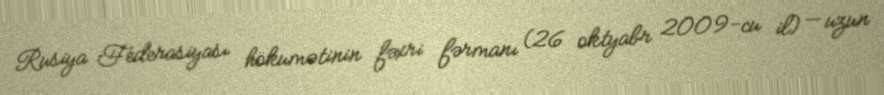
Rusiya Federasiyası hökumətinin fəxri fərmanı (26 oktyabr 2009-cu il) — uzun